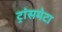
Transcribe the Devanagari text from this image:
ट्रांसमेटा